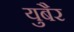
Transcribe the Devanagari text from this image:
युबैर